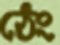
ঠেং